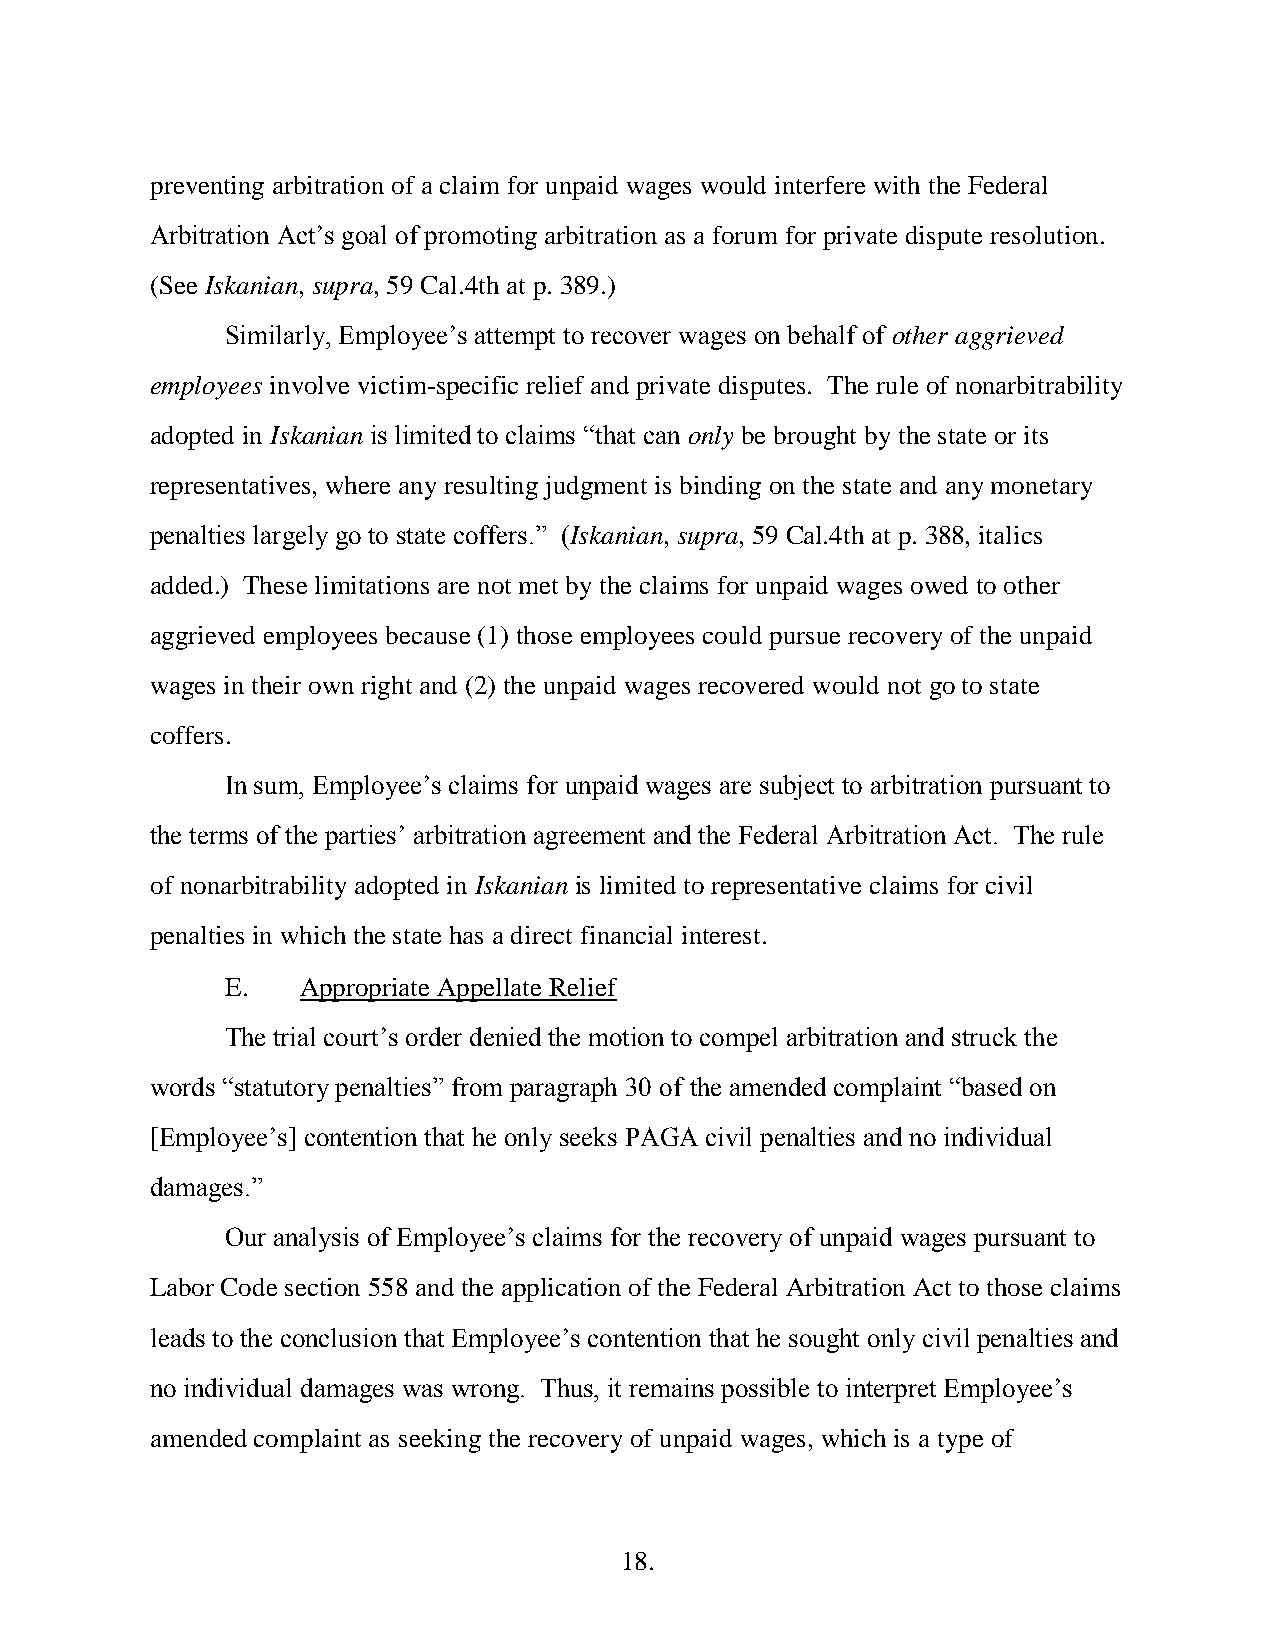
preventing arbitration of a claim for unpaid wages would interfere with the Federal
 Arbitration Act’s goal of promoting arbitration as a forum for private dispute resolution.
 (See Iskanian, supra, 59 Cal.4th at p. 389.)
 Similarly, Employee’s attempt to recover wages on behalf of other aggrieved
 employees involve victim-specific relief and private disputes. The rule of nonarbitrability
 adopted in Iskanian is limited to claims “that can only be brought by the state or its
 representatives, where any resulting judgment is binding on the state and any monetary
 penalties largely go to state coffers.” (Iskanian, supra, 59 Cal.4th at p. 388, italics
 added.) These limitations are not met by the claims for unpaid wages owed to other
 aggrieved employees because (1) those employees could pursue recovery of the unpaid
 wages in their own right and (2) the unpaid wages recovered would not go to state
 coffers.
 In sum, Employee’s claims for unpaid wages are subject to arbitration pursuant to
 the terms of the parties’ arbitration agreement and the Federal Arbitration Act. The rule
 of nonarbitrability adopted in Iskanian is limited to representative claims for civil
 penalties in which the state has a direct financial interest.
 E.   Appropriate Appellate Relief
 The trial court’s order denied the motion to compel arbitration and struck the
 words “statutory penalties” from paragraph 30 of the amended complaint “based on
 [Employee’s] contention that he only seeks PAGA civil penalties and no individual
 damages.”
 Our analysis of Employee’s claims for the recovery of unpaid wages pursuant to
 Labor Code section 558 and the application of the Federal Arbitration Act to those claims
 leads to the conclusion that Employee’s contention that he sought only civil penalties and
 no individual damages was wrong. Thus, it remains possible to interpret Employee’s
 amended complaint as seeking the recovery of unpaid wages, which is a type of
 18.